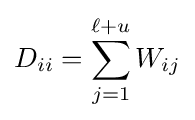
D_{ii}=\sum _{j=1}^{\ell +u}W_{ij}